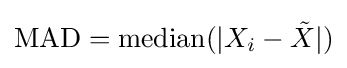
\operatorname {MAD} =\operatorname {median} (|X_{i}-{\tilde {X}}|)